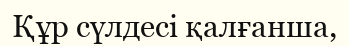
Құр сүлдесі қалғанша,